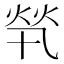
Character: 㷀